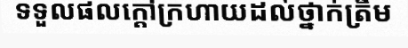
ទទួលផលក្តៅក្រហាយដល់ថ្នាក់ត្រឹម